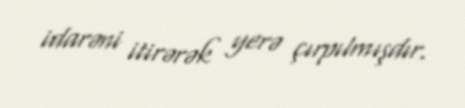
idarəni itirərək yerə çırpılmışdır.